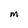
Character: M